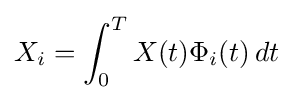
X_{i}=\int _{0}^{T}X(t)\Phi _{i}(t)\,dt